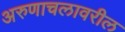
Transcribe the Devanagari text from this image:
अरुणाचलावरील